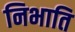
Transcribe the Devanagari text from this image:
निभाति